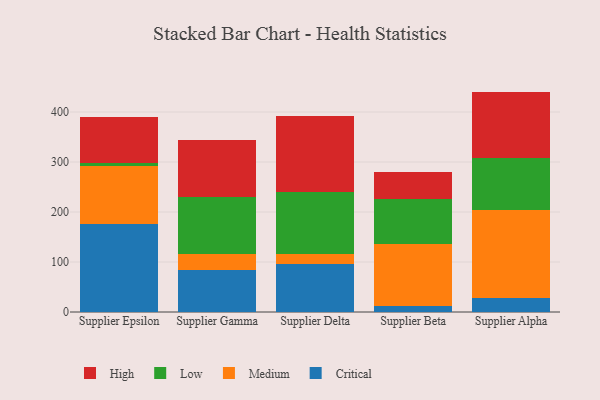
{"axis": {"x": "Supplier", "y": "Website Visitors"}, "legend": ["Critical", "High", "Low", "Medium"], "data": [{"x": "Supplier Epsilon", "y": 175.3, "type": "Critical"}, {"x": "Supplier Epsilon", "y": 117.0, "type": "Medium"}, {"x": "Supplier Epsilon", "y": 5.4, "type": "Low"}, {"x": "Supplier Epsilon", "y": 93.3, "type": "High"}, {"x": "Supplier Gamma", "y": 83.1, "type": "Critical"}, {"x": "Supplier Gamma", "y": 33.2, "type": "Medium"}, {"x": "Supplier Gamma", "y": 114.2, "type": "Low"}, {"x": "Supplier Gamma", "y": 113.2, "type": "High"}, {"x": "Supplier Delta", "y": 96.1, "type": "Critical"}, {"x": "Supplier Delta", "y": 19.4, "type": "Medium"}, {"x": "Supplier Delta", "y": 123.9, "type": "Low"}, {"x": "Supplier Delta", "y": 152.0, "type": "High"}, {"x": "Supplier Beta", "y": 11.4, "type": "Critical"}, {"x": "Supplier Beta", "y": 124.8, "type": "Medium"}, {"x": "Supplier Beta", "y": 89.3, "type": "Low"}, {"x": "Supplier Beta", "y": 54.0, "type": "High"}, {"x": "Supplier Alpha", "y": 28.1, "type": "Critical"}, {"x": "Supplier Alpha", "y": 175.3, "type": "Medium"}, {"x": "Supplier Alpha", "y": 105.4, "type": "Low"}, {"x": "Supplier Alpha", "y": 132.0, "type": "High"}]}